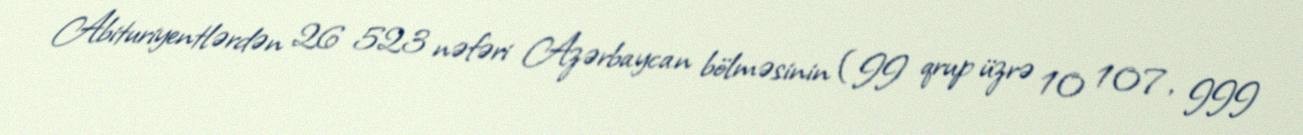
Abituriyentlərdən 26 523 nəfəri Azərbaycan bölməsinin (II qrup üzrə 10 107, III